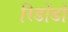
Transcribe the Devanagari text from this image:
रिडोंडो